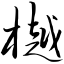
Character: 樾